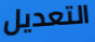
التعديل